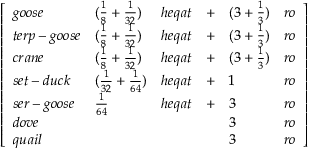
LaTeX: \left[ \begin{array} { l l l l l l } { g o o s e } & { ( { \frac { 1 } { 8 } } + { \frac { 1 } { 3 2 } } ) } & { h e q a t } & { + } & { ( 3 + { \frac { 1 } { 3 } } ) } & { r o } \\ { t e r p - g o o s e } & { ( { \frac { 1 } { 8 } } + { \frac { 1 } { 3 2 } } ) } & { h e q a t } & { + } & { ( 3 + { \frac { 1 } { 3 } } ) } & { r o } \\ { c r a n e } & { ( { \frac { 1 } { 8 } } + { \frac { 1 } { 3 2 } } ) } & { h e q a t } & { + } & { ( 3 + { \frac { 1 } { 3 } } ) } & { r o } \\ { s e t - d u c k } & { ( { \frac { 1 } { 3 2 } } + { \frac { 1 } { 6 4 } } ) } & { h e q a t } & { + } & { 1 } & { r o } \\ { s e r - g o o s e } & { { \frac { 1 } { 6 4 } } } & { h e q a t } & { + } & { 3 } & { r o } \\ { d o v e } & { } & { } & { } & { 3 } & { r o } \\ { q u a i l } & { } & { } & { } & { 3 } & { r o } \end{array} \right]